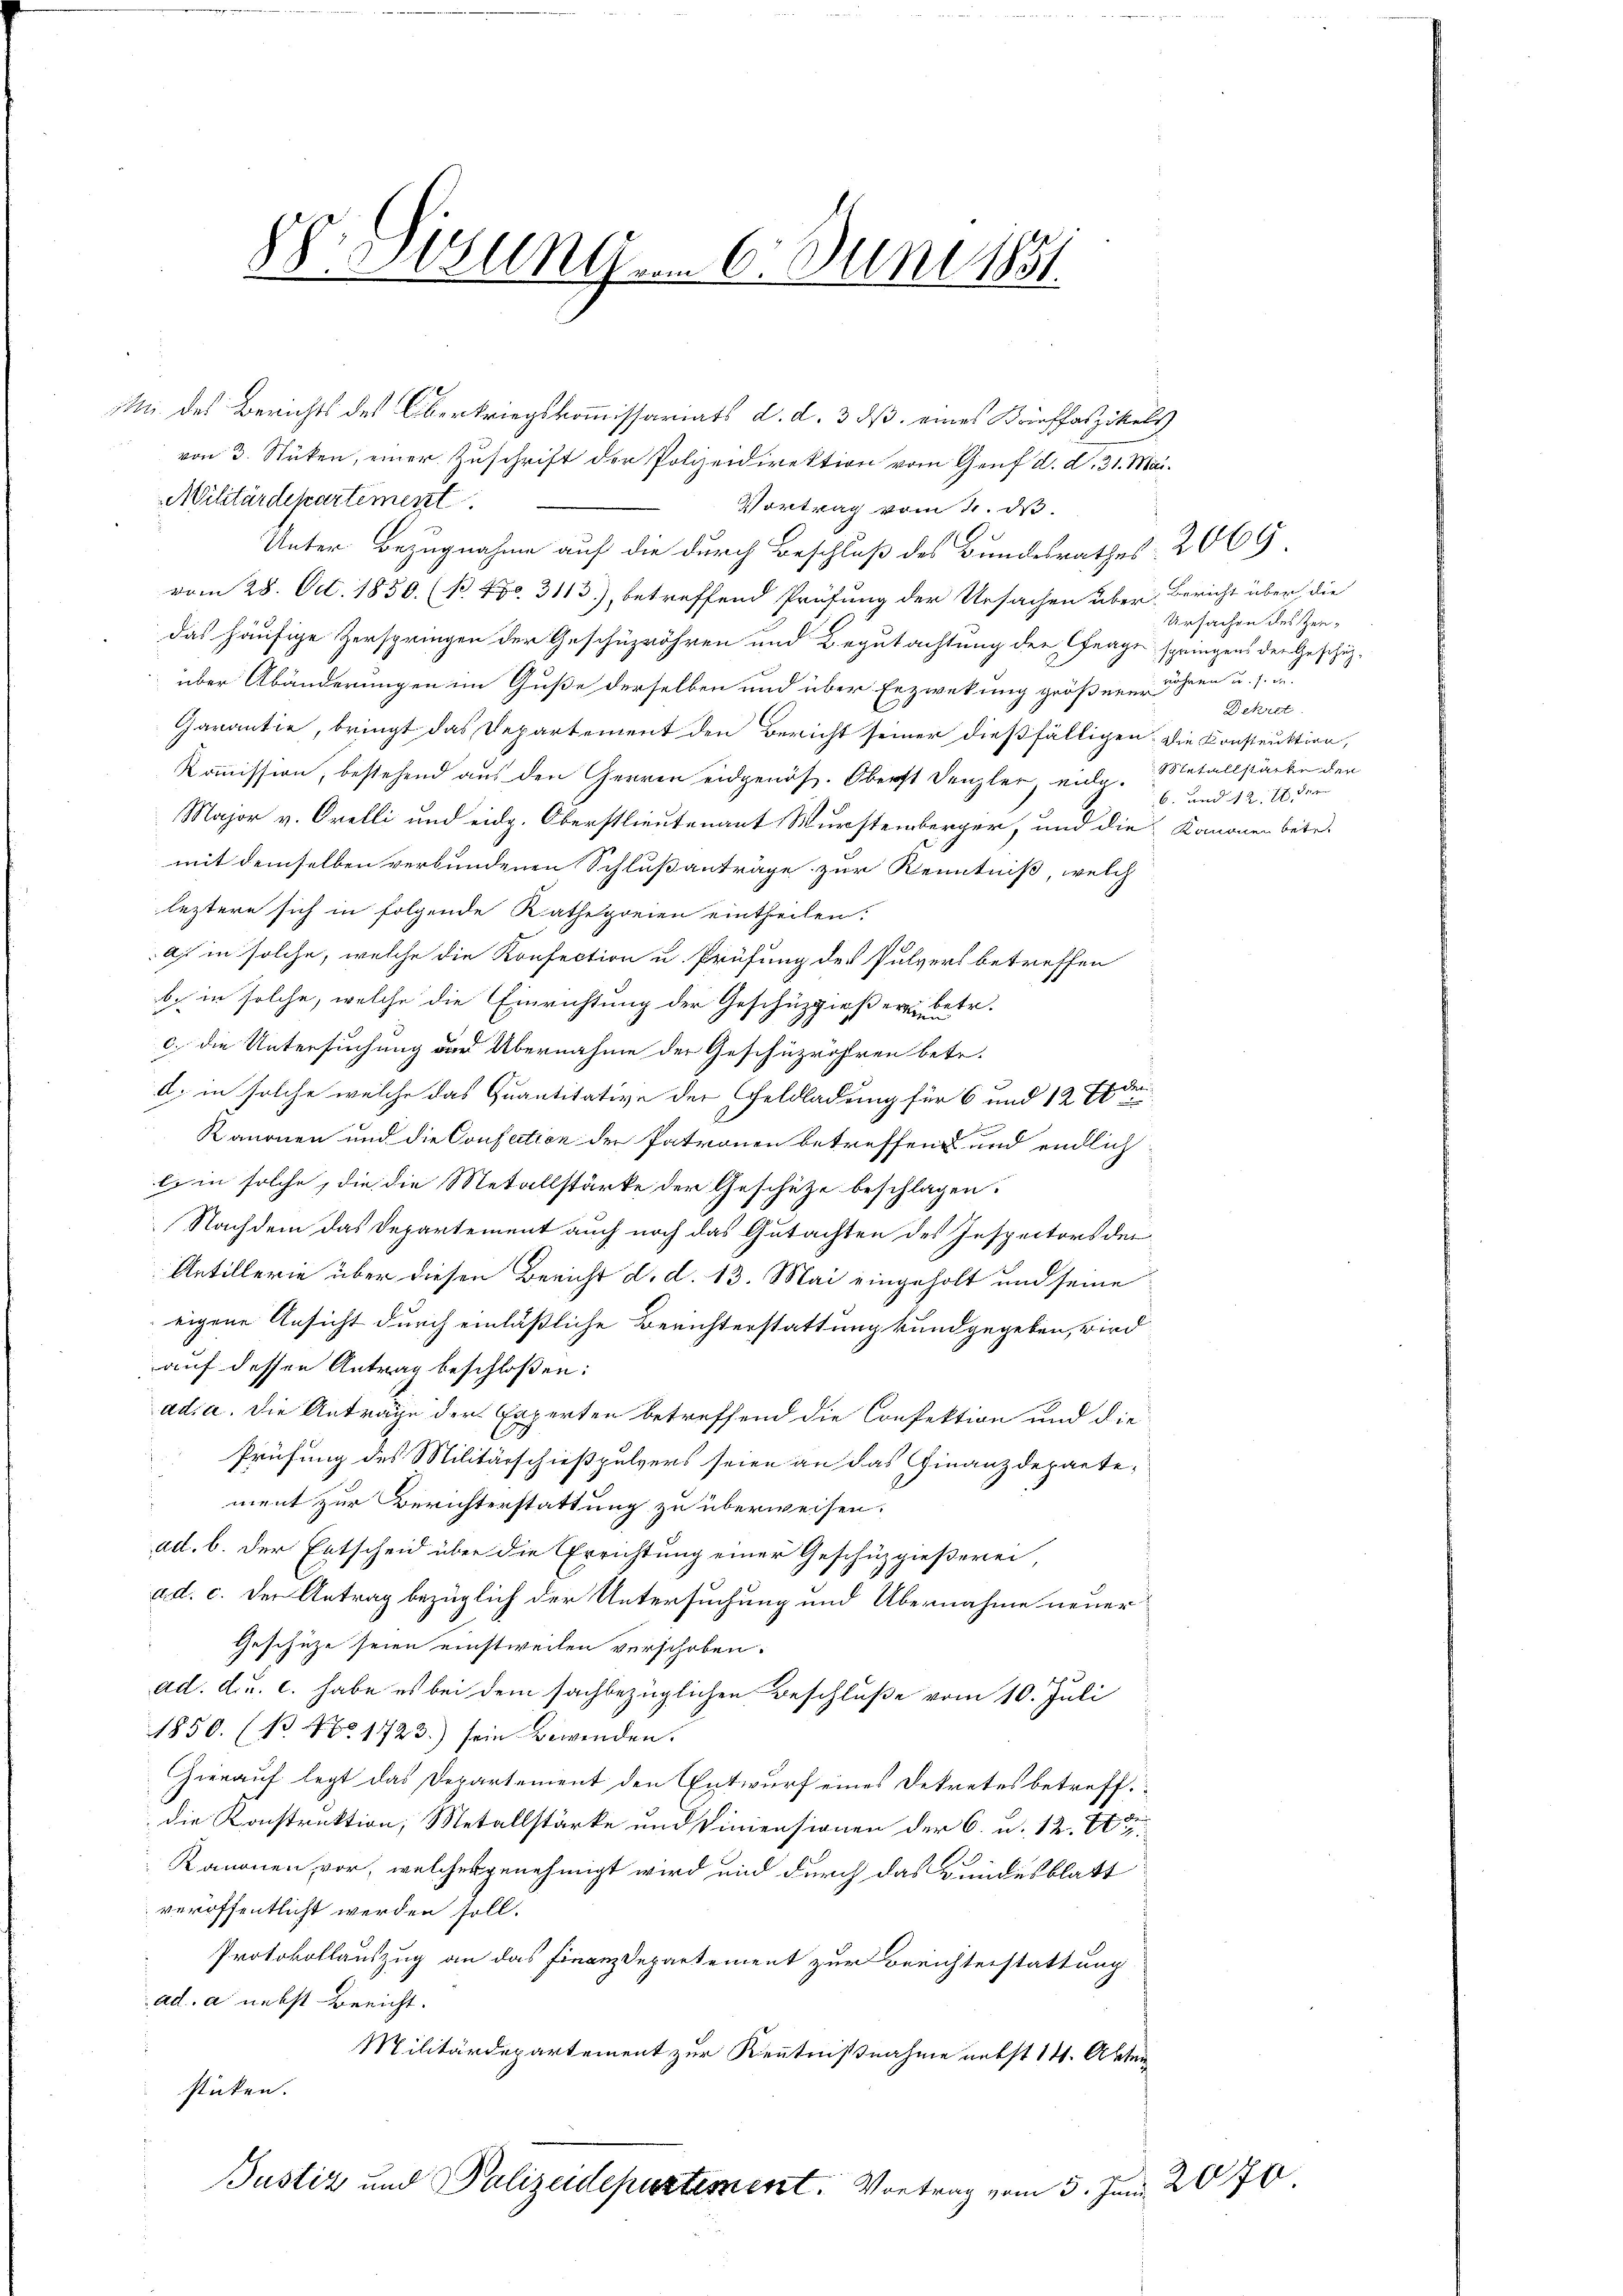
Mn des Berichts des Oberkriegskommissariats d. d. 3 dß eines Brieffaszikels
von 3. Stücken, einer Zuschrift der Polizeidirektion vom Genf d. d. 31. Mai.
Militärdepartement
Vortrag vom 2. d.
Unter Bezugnahme auf die durch Beschluß des Bundesrathes 2069
vom 28. Oct. 1830. (B 480. 3113), betreffend Prüfung der Ursachen über Bericht über die
das häufige Zerspringen der Geschüzröhren und Begutachtung der Frage springens der Geschäzüber Abänderungen im Guße derselben und über Erzwekung größerer Jahren u. s. w.
Garantie, bringt das Departement den Bericht seiner dießfälligen die Konstruktion,
Kommission, bestehend aus den Herren eidgenöß. Oberst Denzler, eidg. Metallstärke der
Major v. Orelli und eidg. Oberstlieutenant Wurstemberger, und die Kanonen betr.
mit demselben verbundenen Schlußanträge zur Kenntniß, welch
leztere sich in folgende Rathegreien eintheilen:
aj in solche, welche die Konfection u. Prüfung des Pulvers betreffen
b. in solche, welche die Einrichtung der Geschüzgießern betr.
c.) die Untersuchung der Übernahme der Geschüzröhren betr.
d. in solche welche das Quantitative der Geldladung für 6 und 12 Er der
Kanonen und die Consation der Patronen betreffend und endlich
le in solche, die die Metallstärke der Geschütze beschlagen.
Nachdem das Departement auch noch das Gutachten des Inspectors der
Antillerie über diesen Bericht d. d. 13. Mai eingeholt und seine
eigene Ansicht durch einläßliche Berichterstattung kundgegeben, wird
auf dessen Antrag beschloßen:
adia. Die Anträge der Experten betreffend die Confektion und die
Prüfung des Militärschießpulvers seien an das Finanzdepartement zur Berichterstattung zu überweisen.
ad. b. der Entscheid über die Errichtung einer Geschüzgießerei,
ad. c. der Antrag bezüglich der Untersuchung und Übernahme neuer
Geschütze seien einstweilen verschoben.
ad. d. u. c. habe es bei dem sachbezüglichen Beschluße vom 10. Juli
1850. (B No 1723.) sein Bewenden.
Hierauf legt das Departement den Entwurf eines Dekretes betreff
die Konstruktion, Metallstärke und Viniensionen der 6. u. 12. Ett
Kanonen, vor, welcher genehmigt wird und durch das Bundesblatt
veröffentlicht werden soll.
Protokollauszug an das Finanzdepartement zur Berichterstattung
ad. a nebst Bericht.
Militärdepartement zur Kenntnißnahme nebst 14. Akten
sticken.
Justiz und Polizeidepartement. Vortrag vom 5. Juni 2070

88. Sizungen 6. Juni 1851.

Ursachen des Zen¬
Dekret
6. und 12. 77 der